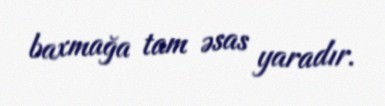
baxmağa tam əsas yaradır.